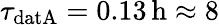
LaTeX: \tau_{\mathrm{datA}}=0.13\, \mathrm{h}\approx 8